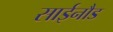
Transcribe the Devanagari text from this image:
साईनौड